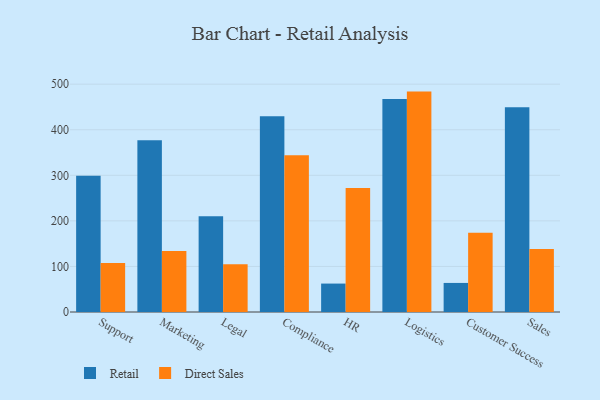
{"axis": {"x": "Department", "y": "Backlog"}, "legend": ["Direct Sales", "Retail"], "data": [{"x": "Support", "y": 298.9, "type": "Retail"}, {"x": "Support", "y": 107.7, "type": "Direct Sales"}, {"x": "Marketing", "y": 376.8, "type": "Retail"}, {"x": "Marketing", "y": 133.7, "type": "Direct Sales"}, {"x": "Legal", "y": 209.9, "type": "Retail"}, {"x": "Legal", "y": 104.7, "type": "Direct Sales"}, {"x": "Compliance", "y": 429.6, "type": "Retail"}, {"x": "Compliance", "y": 344.0, "type": "Direct Sales"}, {"x": "HR", "y": 62.4, "type": "Retail"}, {"x": "HR", "y": 272.2, "type": "Direct Sales"}, {"x": "Logistics", "y": 467.7, "type": "Retail"}, {"x": "Logistics", "y": 483.7, "type": "Direct Sales"}, {"x": "Customer Success", "y": 63.8, "type": "Retail"}, {"x": "Customer Success", "y": 173.7, "type": "Direct Sales"}, {"x": "Sales", "y": 449.3, "type": "Retail"}, {"x": "Sales", "y": 138.2, "type": "Direct Sales"}]}